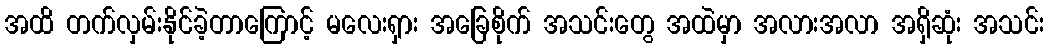
အထိ တက်လှမ်းနိုင်ခဲ့တာကြောင့် မလေးရှား အခြေစိုက် အသင်းတွေ အထဲမှာ အလားအလာ အရှိဆုံး အသင်း